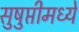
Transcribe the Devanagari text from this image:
सुषुप्तीमध्यें